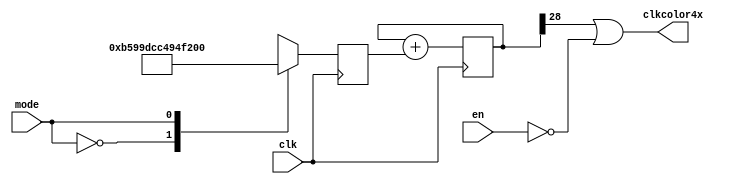
//////////////////////////////////////////////////////////////////////////////////
//    This file is gencolorclk
//    Creation date is 21:39:48 07/31/2020 by Miguel Angel Rodriguez Jodar
//    (c)2020 Miguel Angel Rodriguez Jodar. ZXProjects
//
//    This core is free software: you can redistribute it and/or modify
//    it under the terms of the GNU General Public License as published by
//    the Free Software Foundation, either version 3 of the License, or
//    (at your option) any later version.
//
//    This core is distributed in the hope that it will be useful,
//    but WITHOUT ANY WARRANTY; without even the implied warranty of
//    MERCHANTABILITY or FITNESS FOR A PARTICULAR PURPOSE.  See the
//    GNU General Public License for more details.
//
//    You should have received a copy of the GNU General Public License
//    along with this core.  If not, see <https://www.gnu.org/licenses/>.
//
//    All copies of this file must keep this notice intact.
//
//////////////////////////////////////////////////////////////////////////////////

`timescale 1ns / 1ns
`default_nettype none

module gencolorclk (
  input wire clk,        // reloj lo ms rpido posible (ahora mismo, 140 MHz o 165 Mhz segun valor de altern)
  input wire en,         // habilitar la generacin de este reloj de color
  input wire mode,       // 0=PAL, 1=NTSC
  output wire clkcolor4x // (17.734475 MHz PAL  14.31818 MHz NTSC)
  );

  // Fout = Fclk * prescaler / (2^nbits)
  // prescaler = Fdesired * (2^nbits) / Fclk
  localparam PHASEACUMPAL  = 29'd95211238;
  localparam PHASEACUMNTSC = 29'd76870144;

  reg [28:0] cnt = 29'h00000000;
  reg [28:0] prescaler = PHASEACUMPAL;
  assign clkcolor4x = (cnt[28] | ~en);
  always @(posedge clk) begin
    case (mode)
      1'b0 : prescaler <= PHASEACUMPAL;
      1'b1 : prescaler <= PHASEACUMNTSC;
      default : prescaler <= PHASEACUMPAL;
    endcase
    cnt <= cnt + prescaler;
  end
endmodule